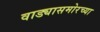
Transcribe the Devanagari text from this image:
वाड्यासमोरच्या